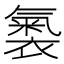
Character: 𧜚